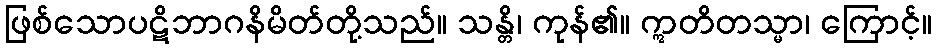
ဖြစ်သောပဋိဘာဂနိမိတ်တို့သည်။ သန္တိ၊ ကုန်၏။ ဣတိတသ္မာ၊ ကြောင့်။